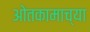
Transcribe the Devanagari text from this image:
ओतकामाच्या